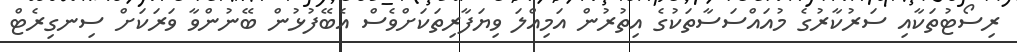
ރިސޯޓުތަކާއި ސަރުކާރުގެ މުއައްސަސާތަކުގެ އިތުރުން އަމިއްލަ ވިޔަފާރިތަކަށްވެސް އެބޭފުޅުން ބޭނުންވާ ވަރަކަށް ސިނގިރެޓް